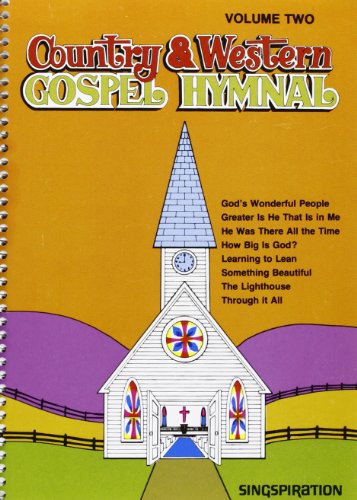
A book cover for Country & Western Gospel Hymnal V2; Brentwood Choral Provident; Christian Books & Bibles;